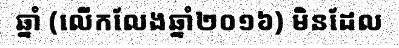
ឆ្នាំ (លើកលែងឆ្នាំ២០១៦) មិនដែល